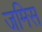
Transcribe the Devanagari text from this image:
जमिस